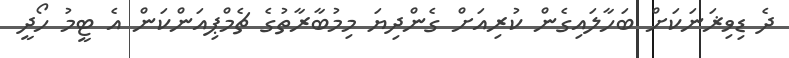
ދެ ޑިވިޜަނަކަށް ބަހާލައިގެން ކުރިއަށް ގެންދިޔަ މިމުބާރާތުގެ ޗެމްޕިއަންކަން އެ ޓީމު ހޯދީ